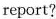
report?